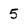
Character: 5